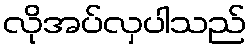
လိုအပ်လှပါသည်